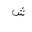
Letter: _shin